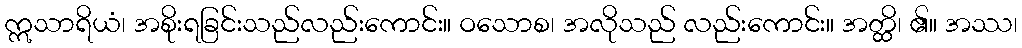
ဣသာရိယံ၊ အစိုးရခြင်းသည်လည်းကောင်း။ ဝသောစ၊ အလိုသည် လည်းကောင်း။ အတ္ထိ၊ ၏။ အဿ၊